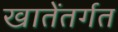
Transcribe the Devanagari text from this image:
खातेंतर्गत